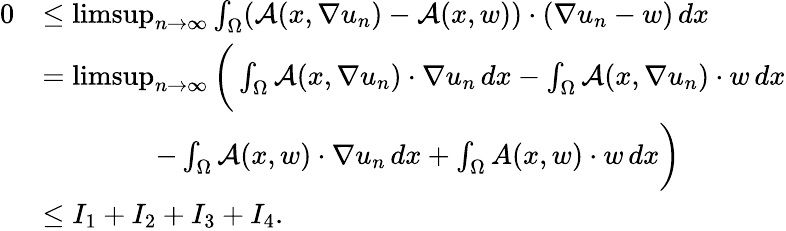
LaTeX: \begin{array}{rl}{0}&{\leq\operatorname*{limsup}_{n\to\infty}\int_{\Omega}({\mathcal{A}}(x,\nabla u_{n})-{\mathcal{A}}(x,w))\cdot(\nabla u_{n}-w)\, dx}\\ &{=\operatorname*{limsup}_{n\to\infty}\bigg(\int_{\Omega}{\mathcal{A}}(x,\nabla u_{n})\cdot\nabla u_{n}\, dx-\int_{\Omega}{\mathcal{A}}(x,\nabla u_{n})\cdot w\, dx}\\ &{\qquad\qquad-\int_{\Omega}{\mathcal{A}}(x,w)\cdot\nabla u_{n}\, dx+\int_{\Omega}A(x,w)\cdot w\, dx\bigg)}\\ &{\leq I_{1}+I_{2}+I_{3}+I_{4}.}\end{array}